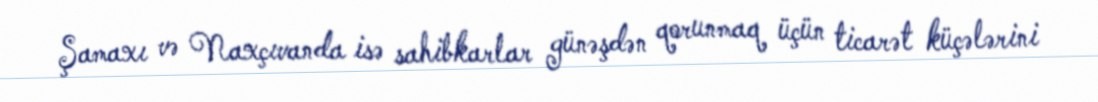
Şamaxı və Naxçıvanda isə sahibkarlar günəşdən qorunmaq üçün ticarət küçələrini